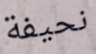
نحيفة